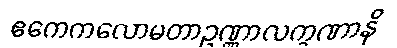
ဧကေကလောမတာဥဏ္ဏာလက္ခဏာနိ